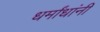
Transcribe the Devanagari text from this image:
धर्मांधांनी